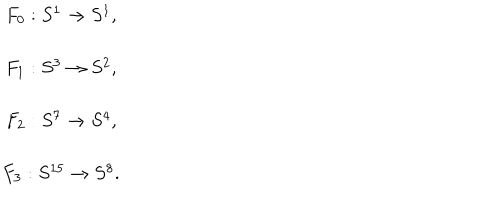
LaTeX: \begin{array} { c } { { F _ { 0 } : S ^ { 1 } \rightarrow S ^ { 1 } , } } \\ { { F _ { 1 } : S ^ { 3 } \rightarrow S ^ { 2 } , } } \\ { { F _ { 2 } : S ^ { 7 } \rightarrow S ^ { 4 } , } } \\ { { F _ { 3 } : S ^ { 1 5 } \rightarrow S ^ { 8 } . } } \\ \end{array}